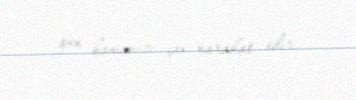
gün hamımızı çox narahat edir.